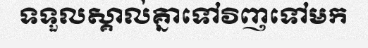
ទទួលស្គាល់គ្នាទៅវិញទៅមក